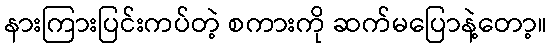
နားကြားပြင်းကပ်တဲ့ စကားကို ဆက်မပြောနဲ့တော့။